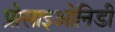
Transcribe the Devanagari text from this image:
प्रोसाइओनिडी